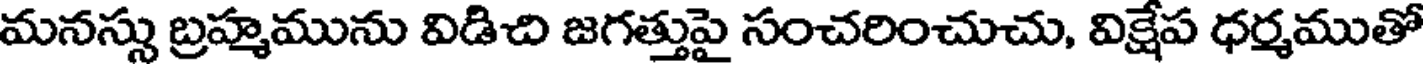
మనస్సు బ్రహ్మమును విడిచి జగత్తుపై సంచరించుచు, విక్షేప ధర్మముతో